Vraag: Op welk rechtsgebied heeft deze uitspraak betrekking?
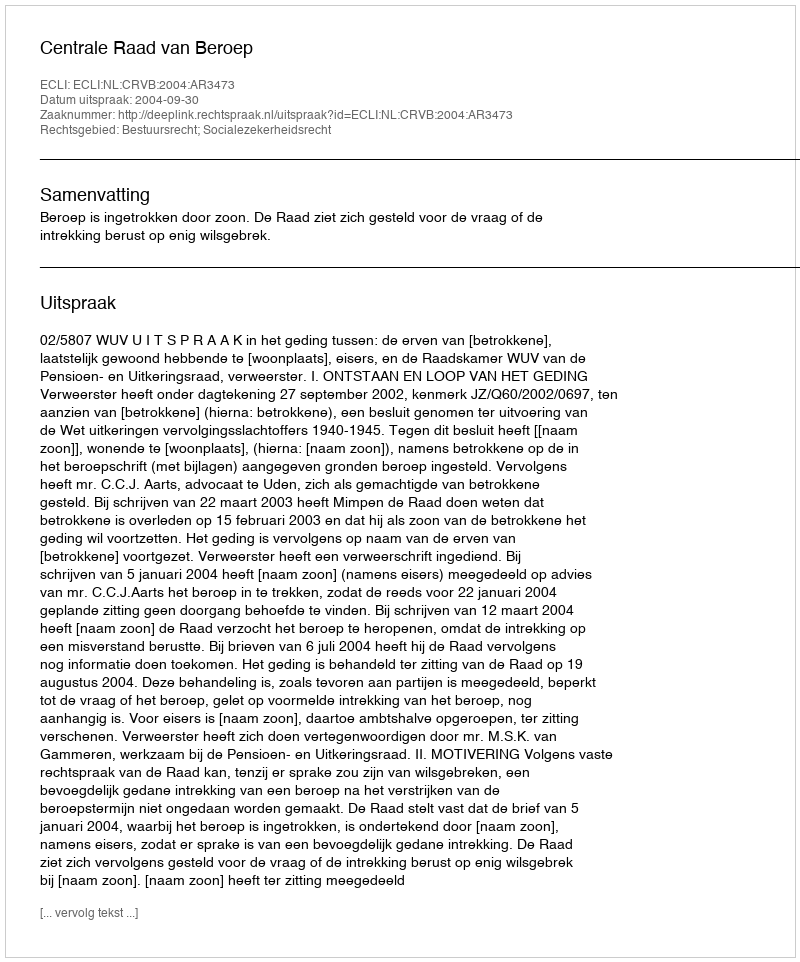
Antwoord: Bestuursrecht; Socialezekerheidsrecht